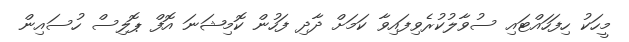
މީހަކު ހިފަހައްޓައި ސުވާލުކުރެވިފައިވާ ކަމަށް ދާދި ފަހުން ކޮމިޝަނަ އޮފް ޕޮލިސް ހުސައިން